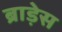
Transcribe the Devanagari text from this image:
ब्राड़ेस